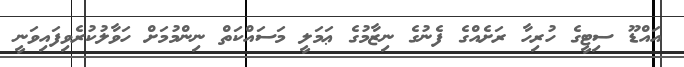
އައްޑޫ ސިޓީގެ ހުރިހާ ރަށެއްގެ ފެނުގެ ނިޒާމުގެ ޢަމަލީ މަސައްކަތް ނިންމުމަށް ހަވާލުކުރެވިފައިވަނީ